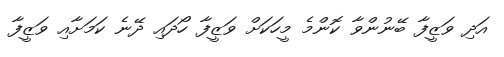
އަދި ވަޒީފާ ބޭނުންވާ ކޮންމެ މީހަކަށް ވަޒީފާ ހޯދައި ދޭނެ ކަމަށާއި ވަޒީފާ